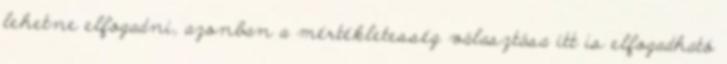
lehetne elfogadni, azonban a mértékletesség választása itt is elfogadható